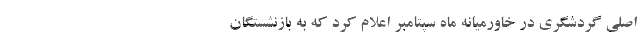
اصلی گردشگری در خاورمیانه ماه سپتامبر اعلام کرد که به بازنشستگان